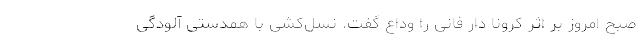
صبح امروز بر اثر کرونا دار فانی را وداع گفت. نسل‌کشی با همدستی آلودگی